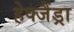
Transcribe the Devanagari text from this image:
हेक्जैंड्रा